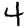
Digit: 4